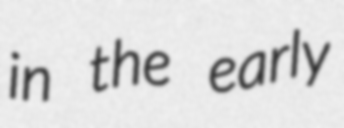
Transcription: in the early